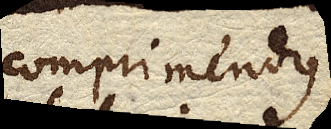
comprimendus